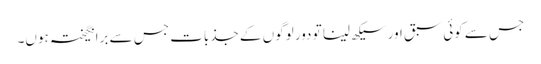
جس سے کوئی سبق اور سیکھ لینا تو دور لوگوں کے جذبات جس سے برانگیختہ ہوں۔